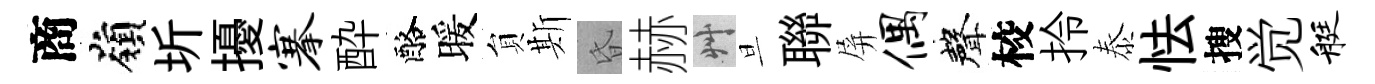
商嶺圻擾搴酔酪暖貟斯昏赫艸旦聯屏偶聲校拎泰怯搜觉艇